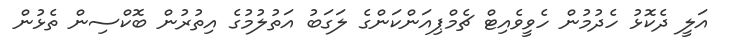
އަލީ ދެކޮޅު ހެދުމުން ހެވީވެއިޓް ޗެމްޕިއަންކަންގެ ލަގަބު އަތުލުމުގެ އިތުރުން ބޮކްސިން ތެޅުން